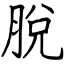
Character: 脫